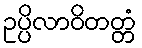
ဥပ္ပိလာဝိတတ္တံ